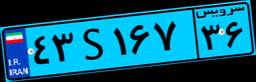
۳۰S۴۴۲۱۵